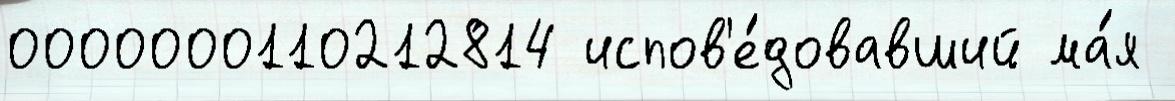
0000000110212814 испов'е́довавший ма́я